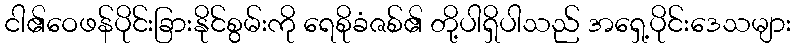
ငါ၏ဝေဖန်ပိုင်းခြားနိုင်စွမ်းကို ရေစိုခံဇစ်၏ တို့ပါရှိပါသည် အရှေ့ပိုင်းဒေသများ